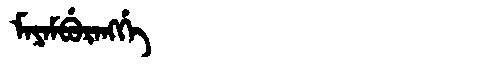
Manchu: ᠮᠠᠶᠠᠮᠪᡠᡵᠠᠩᡤᡝ
Romanization: MAYAMBURANGGE